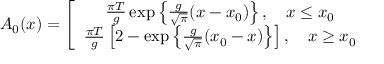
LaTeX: A _ { 0 } ( x ) = \left[ \begin{array} { c } { { \frac { \pi T } g \exp \left\{ \frac g { \sqrt { \pi } } ( x - x _ { 0 } ) \right\} , \ \ \ x \leq x _ { 0 } } } \\ { { \frac { \pi T } g \left[ 2 - \exp \left\{ \frac g { \sqrt { \pi } } ( x _ { 0 } - x ) \right\} \right] , \ \ \ x \geq x _ { 0 } } } \end{array} \right.